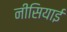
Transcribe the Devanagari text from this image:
नीसियाई